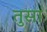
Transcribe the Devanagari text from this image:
तुसा